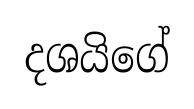
දශයිගේ